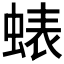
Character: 𮔘